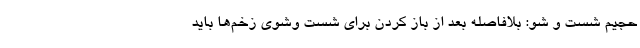
حجیم شست و شو: بلافاصله بعد از باز کردن برای شست وشوی زخم‌ها باید